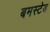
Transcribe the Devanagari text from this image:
बमस्टेड